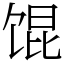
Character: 馄